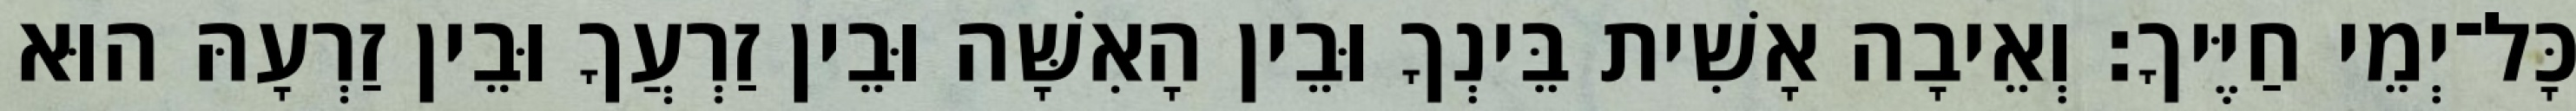
כָּל־יְמֵי חַיֶּיךָ׃ וְאֵיבָה אָשִׁית בֵּינְךָ וּבֵין הָאִשָּׁה וּבֵין זַרְעֲךָ וּבֵין זַרְעָהּ הוּא